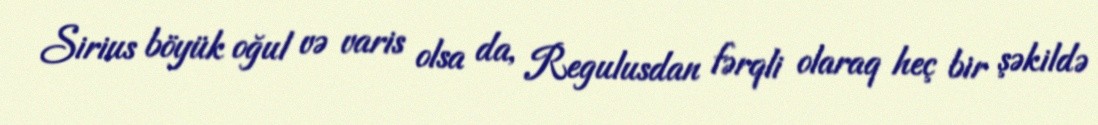
Sirius böyük oğul və varis olsa da, Regulusdan fərqli olaraq heç bir şəkildə